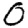
Digit: 0